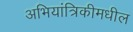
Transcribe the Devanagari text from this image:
अभियांत्रिकीमधील